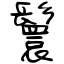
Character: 鬟